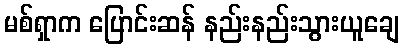
မစ်ရှာက ပြောင်းဆန် နည်းနည်းသွားယူချေ